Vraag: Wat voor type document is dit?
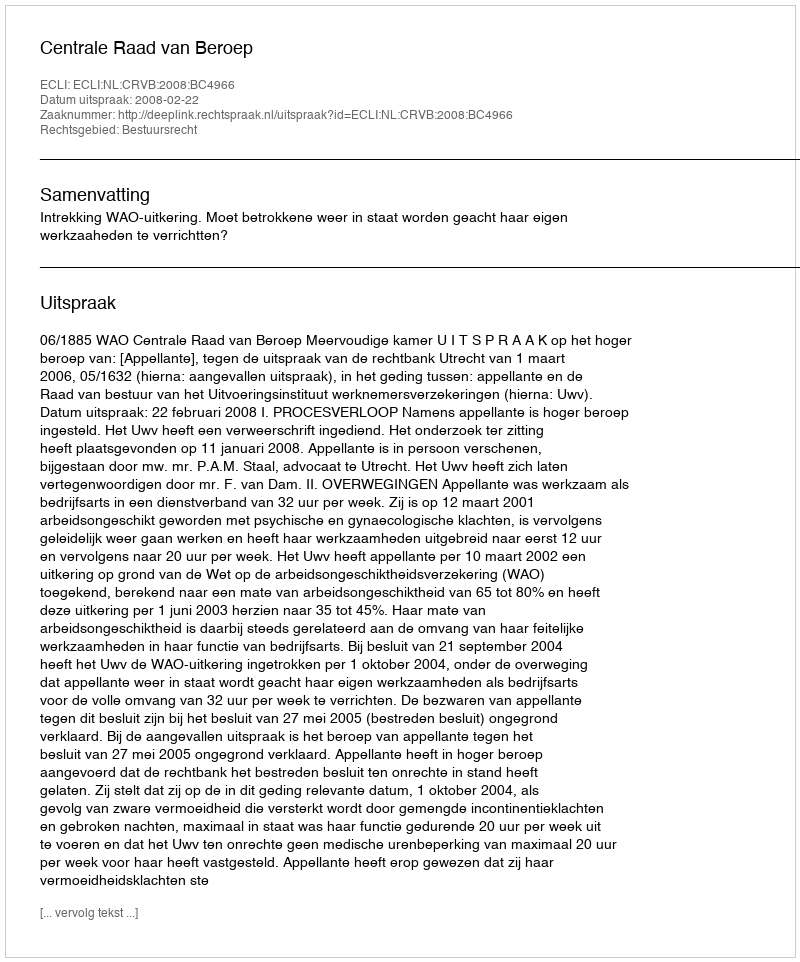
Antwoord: Uitspraak